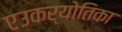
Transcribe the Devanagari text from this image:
एउकर्योतिका